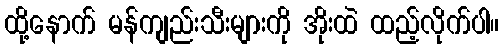
ထို့နောက် မန်ကျည်းသီးများကို အိုးထဲ ထည့်လိုက်ပါ။